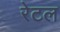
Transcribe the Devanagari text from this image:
रेटल